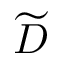
\widetilde { D }